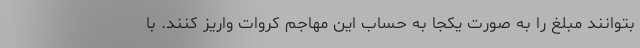
بتوانند مبلغ را به صورت یکجا به حساب این مهاجم کروات واریز کنند. با